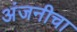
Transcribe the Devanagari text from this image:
अंजनीचा